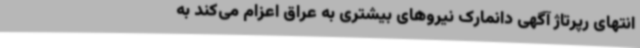
انتهای رپرتاژ آگهی دانمارک نیروهای بیشتری به عراق اعزام می‌کند به